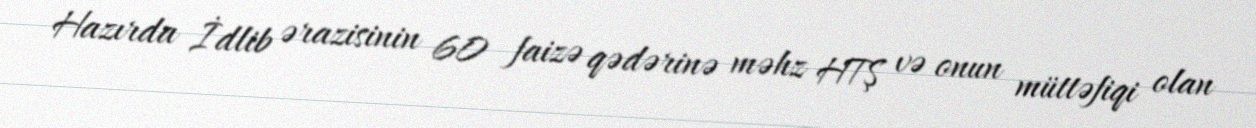
Hazırda İdlib ərazisinin 60 faizə qədərinə məhz HTŞ və onun müttəfiqi olan